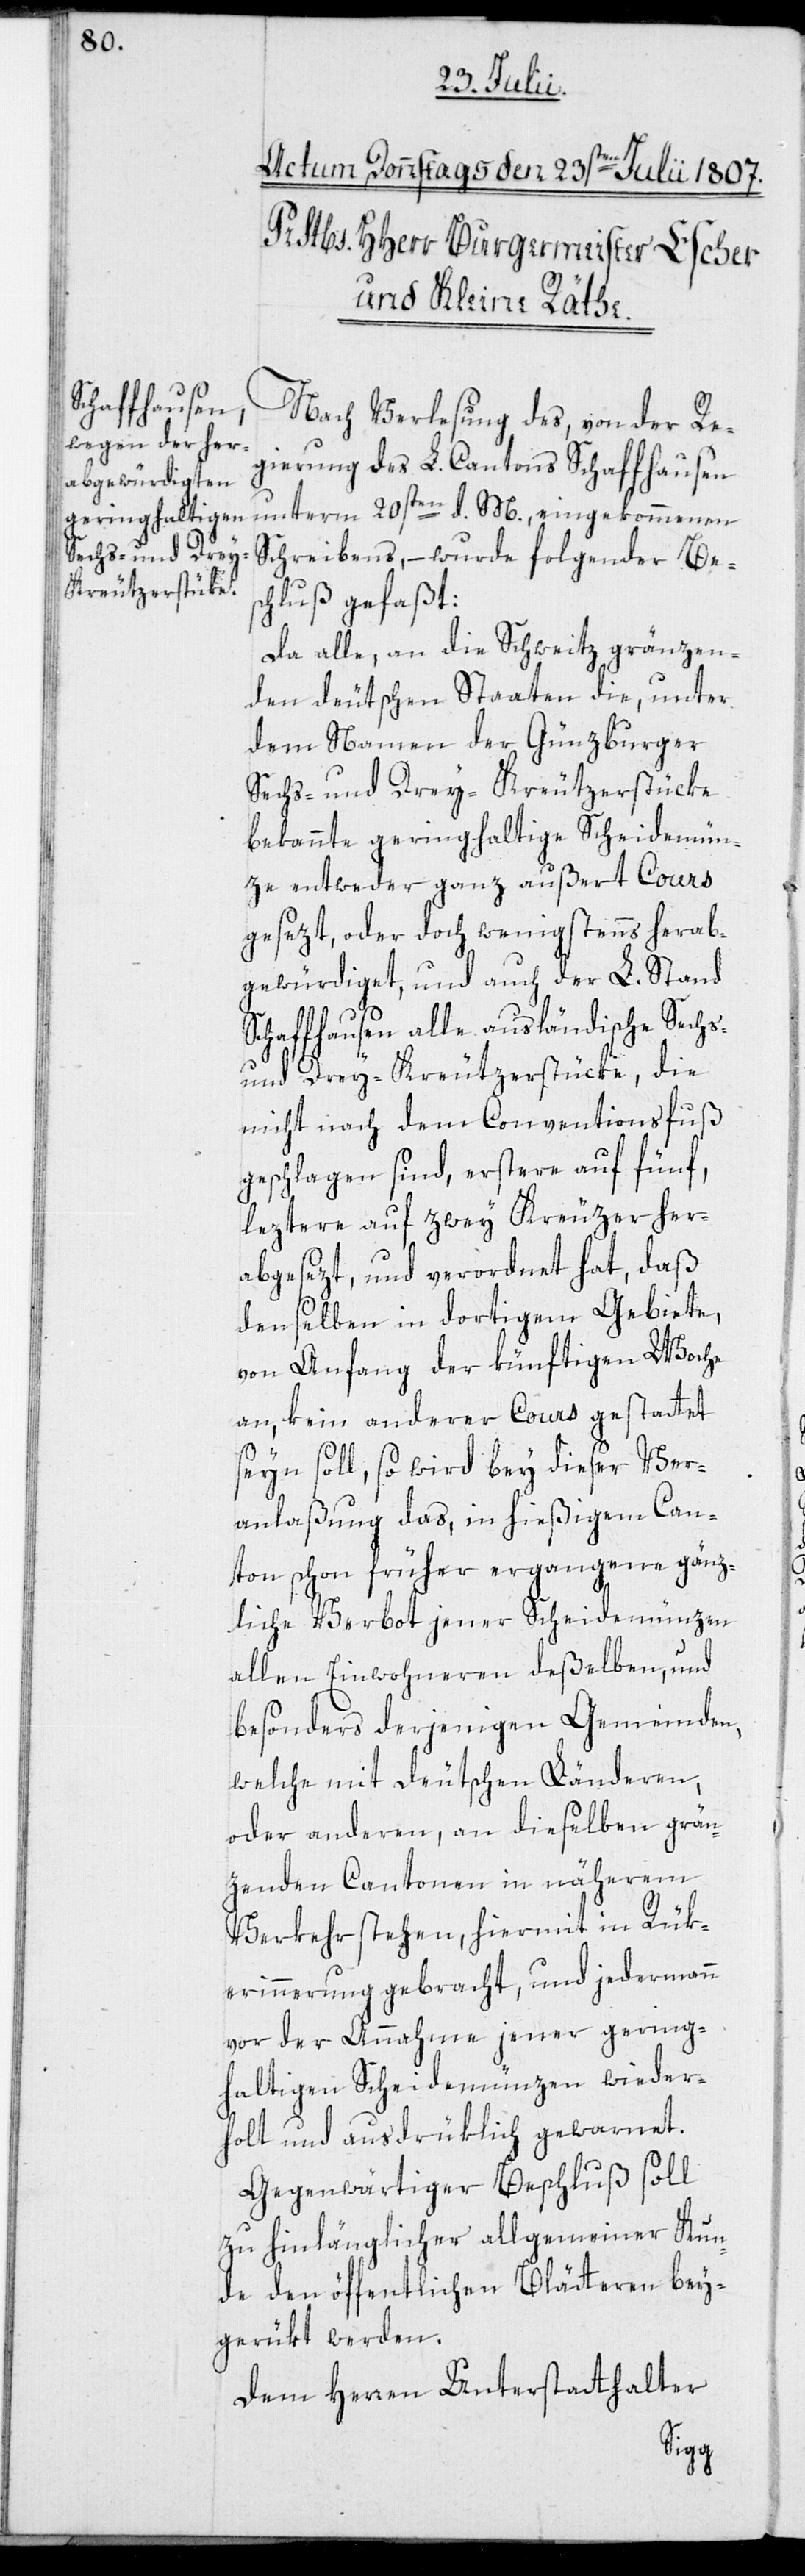
gierung des L. Cantons Schaffhausen
unterm 20sten d. M., eingekommenen
Schreibens, – wurde folgender Bes¬
chluß gefaßt:
Da alle, an die Schweitz gränzen¬
den deutschen Staaten die, unter
dem Namen der Günzburger
Sechs- und Drey-Kreutzerstücke
bekannte geringhaltige Scheidemün¬
ze entweder ganz außert Cours
gesezt, oder doch wenigstens herab¬
gewürdiget, und auch der L. Stand
Schaffhausen alle ausländische Sechs-
und Drey-Kreutzerstücke, die
nicht nach dem Conventionsfuß
geschlagen sind, erstere auf fünf,
leztere auf zwey Kreuzer her¬
abgesezt, und verordnet hat, daß
denselben in dortigem Gebiete,
von Anfang der künftigen Woche
an, kein anderer Cours gestattet
seyn soll, so wird bey dieser Ver¬
anlaßung das, in hießigem Can¬
ton schon früher ergangene gänz¬
liche Verbot jener Scheidemünzen
allen Einwohneren deßelben, und
besonders derjenigen Gemeinden,
welche mit Deutschen Länderen,
oder anderen, an dieselben grän¬
zenden Cantonen in näherem
Verkehr stehen, hiermit in Rück¬
erinnerung gebracht, und jedermann
von der Annahme jener gering¬
haltigen Scheidemünzen wieder¬
holt und ausdrüklich gewarnet.
Gegenwärtiger Beschluß soll
zu hinlänglicher allgemeiner Kun¬
de den öffentlichen Blätteren bey¬
gerükt werden.
Dem Herren Unterstatthalter
der Re¬